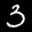
Label: 3